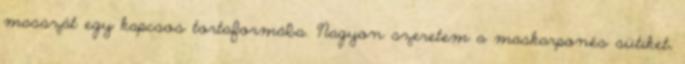
masszát egy kapcsos tortaformába. Nagyon szeretem a maskarponés sütiket,